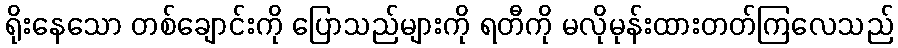
ရိုးနေသော တစ်ချောင်းကို ပြောသည်များကို ရတီကို မလိုမုန်းထားတတ်ကြလေသည်